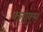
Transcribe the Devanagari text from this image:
फ्लाक्स